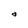
Character: a